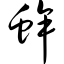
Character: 蛑